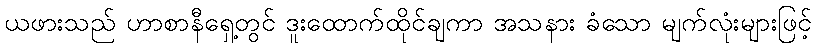
ယဖားသည် ဟာစာနီရှေ့တွင် ဒူးထောက်ထိုင်ချကာ အသနား ခံသော မျက်လုံးများဖြင့်